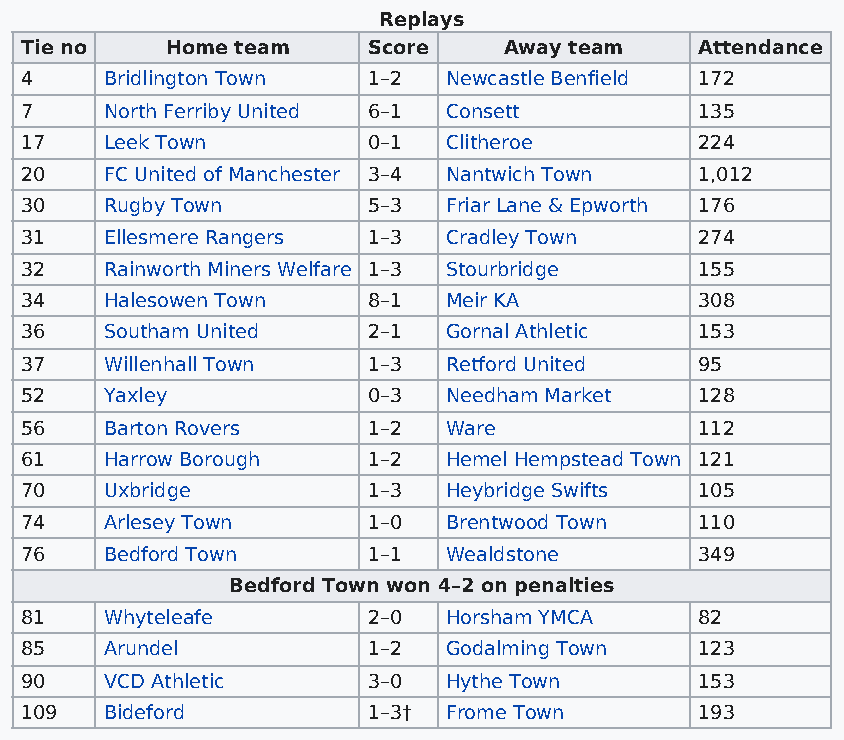
Replays
 Tie no    Home team    Score    Away team    Attendance
 4     Bridlington Town 1–2  Newcastle Benfield 172
 7     North Ferriby United 6–1 Consett       135
 17    Leek Town        0–1  Clitheroe        224
 20    FC United of Manchester 3–4 Nantwich Town 1,012
 30    Rugby Town       5–3  Friar Lane & Epworth 176
 31    Ellesmere Rangers 1–3 Cradley Town     274
 32    Rainworth Miners Welfare 1–3 Stourbridge 155
 34    Halesowen Town   8–1  Meir KA          308
 36    Southam United   2–1  Gornal Athletic  153
 37    Willenhall Town  1–3  Retford United   95
 52    Yaxley           0–3  Needham Market   128
 56    Barton Rovers    1–2  Ware             112
 61    Harrow Borough   1–2  Hemel Hempstead Town 121
 70    Uxbridge         1–3  Heybridge Swifts 105
 74    Arlesey Town     1–0  Brentwood Town   110
 76    Bedford Town     1–1  Wealdstone       349
 Bedford Town won 4–2 on penalties
 81    Whyteleafe       2–0  Horsham YMCA     82
 85    Arundel          1–2  Godalming Town   123
 90    VCD Athletic     3–0  Hythe Town       153
 109   Bideford         1–3† Frome Town       193